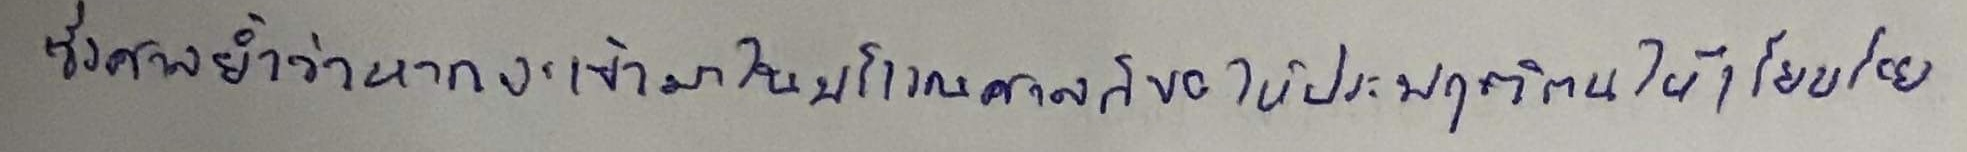
ซึ่งศาลย้ำว่าหากจะเข้ามาในบริเวณศาลก็ขอให้ประพฤติตนให้เรียบร้อย